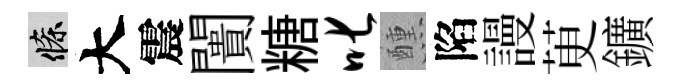
條大震闠糖叱醺陷謾茰鑛